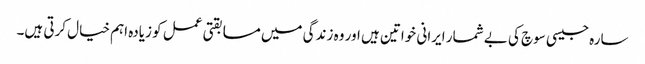
سارہ جیسی سوچ کی بے شمار ایرانی خواتین ہیں اور وہ زندگی میں مسابقتی عمل کو زیادہ اہم خیال کرتی ہیں۔